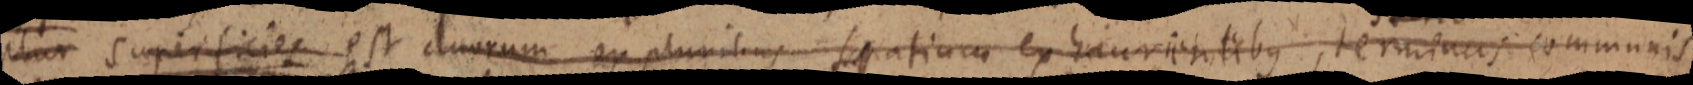
plur superficies est duorum ex plurisius spatium ex haurientibus, terminus communis